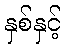
နှစ်နှင့်